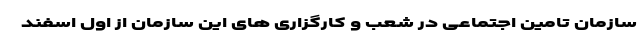
سازمان تامین اجتماعی در شعب و کارگزاری های این سازمان از اول اسفند